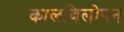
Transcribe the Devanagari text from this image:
कालविलोपन